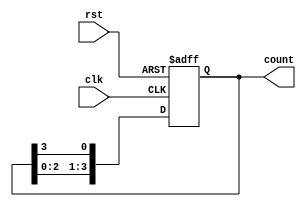
module bistable_ring_counter (
    input wire clk,          // Clock input
    input wire rst,          // Asynchronous reset
    output reg [3:0] count   // 4-bit output representing the state
);

// Ring counter logic
always @(posedge clk or posedge rst) begin
    if (rst) begin
        count <= 4'b0001; // Initialize to 0001 on reset
    end else begin
        count <= {count[2:0], count[3]}; // Shift left and wrap around
    end
end

endmodule